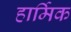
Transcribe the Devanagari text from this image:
हार्मिक